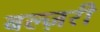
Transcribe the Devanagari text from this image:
बल्ज़री